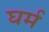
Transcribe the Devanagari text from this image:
घर्म